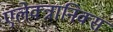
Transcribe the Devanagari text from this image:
एलेक्त्रानिक्स